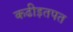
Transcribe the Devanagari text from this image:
कढीइतपत